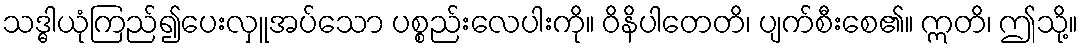
သဒ္ဓါယုံကြည်၍ပေးလှူအပ်သော ပစ္စည်းလေပါးကို။ ဝိနိပါတေတိ၊ ပျက်စီးစေ၏။ ဣတိ၊ ဤသို့။